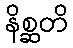
နိစ္ဆတိ